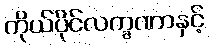
ကိုယ်ပိုင်လက္ခဏာနှင့်